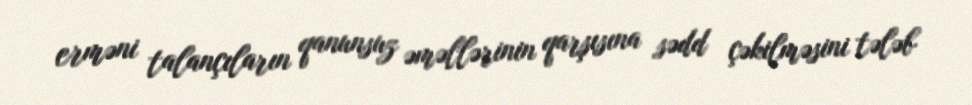
erməni talançıların qanunsuz əməllərinin qarşısına sədd çəkilməsini tələb